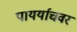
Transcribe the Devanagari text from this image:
पायर्याचवर